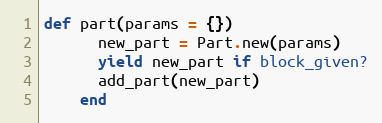
Language: Ruby
def part(params = {})
      new_part = Part.new(params)
      yield new_part if block_given?
      add_part(new_part)
    end